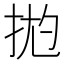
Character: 𱟶